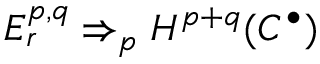
E _ { r } ^ { p , q } \Rightarrow _ { p } H ^ { p + q } ( C ^ { \bullet } )